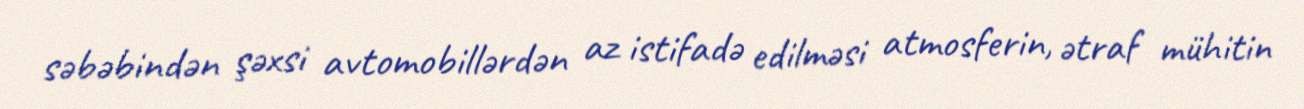
səbəbindən şəxsi avtomobillərdən az istifadə edilməsi atmosferin, ətraf mühitin